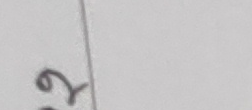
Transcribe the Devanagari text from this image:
२९